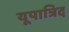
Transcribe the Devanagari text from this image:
यूपात्रिद